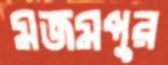
মজমপুর